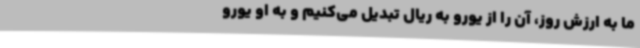
ما به ارزش روز، آن را از یورو به ریال تبدیل می‌کنیم و به او یورو